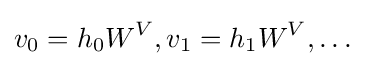
v_{0}=h_{0}W^{V},v_{1}=h_{1}W^{V},\dots